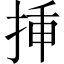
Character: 挿